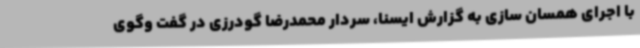
با اجرای همسان سازی به گزارش ایسنا، سردار محمدرضا گودرزی در گفت وگوی